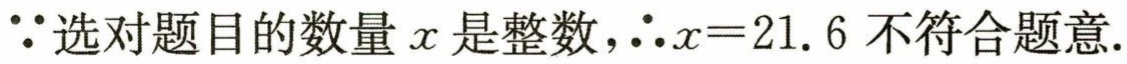
\(\because\)选对题目的数量 \(x\) 是整数，\(\therefore x = 21.6\) 不符合题意.